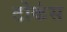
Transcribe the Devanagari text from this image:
टोकंस